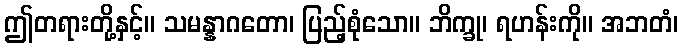
ဤတရားတို့နှင့်။ သမန္နာဂတော၊ ပြည့်စုံသော။ ဘိက္ခု၊ ရဟန်းကို။ အဘတံ၊